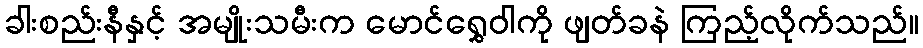
ခါးစည်းနီနှင့် အမျိုးသမီးက မောင်ရွှေဝါကို ဖျတ်ခနဲ ကြည့်လိုက်သည်။